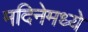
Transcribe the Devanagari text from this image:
मदिनेमध्ये